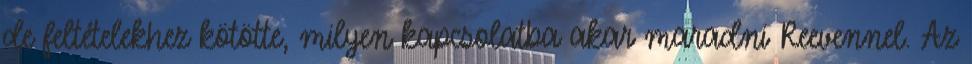
de feltételekhez kötötte, milyen kapcsolatba akar maradni Reevennel. Az